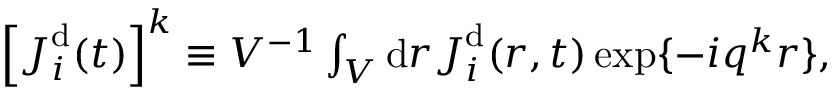
\begin{array} { r } { \left[ \boldsymbol { J } _ { i } ^ { \mathrm { d } } ( t ) \right] ^ { k } \equiv V ^ { - 1 } \int _ { V } \mathrm { d } \boldsymbol { r } { { \boldsymbol { J } } } _ { i } ^ { \mathrm { d } } ( { \boldsymbol { r } } , t ) \, \mathrm { e x p } \{ - i \boldsymbol { q } ^ { k } \boldsymbol { r } \} , } \end{array}